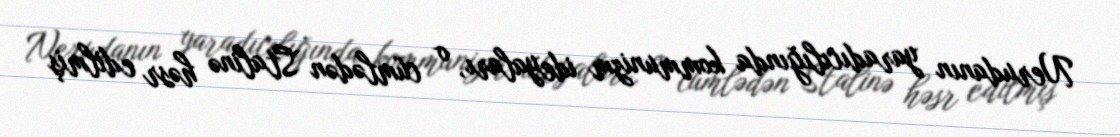
Nerudanın yaradıcılığında kommunizm ideyaları, o cümlədən Stalinə həsr edilmiş